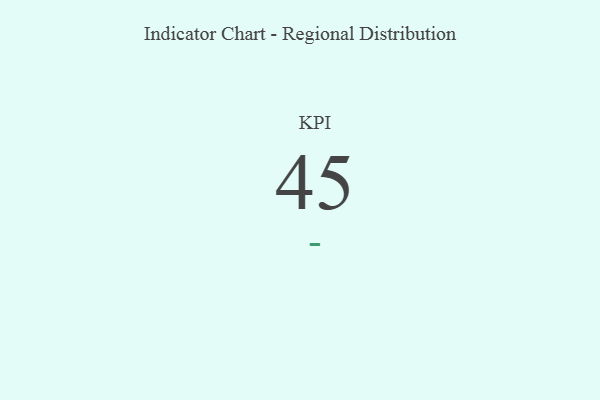
{"axis": {"x": "KPI", "y": "Value"}, "legend": [""], "data": [{"x": "KPI", "y": 45, "type": ""}]}